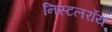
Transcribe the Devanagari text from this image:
निस्टलरॉय